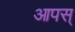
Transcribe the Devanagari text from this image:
आपस्‌